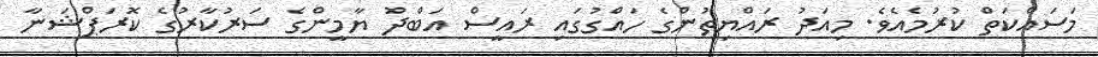
މަސައްކަތް ކުރުމެއެވެ. މިއަދު ރައްޔިތުންގެ ހައްގުގައި ރައީސް އަބްދު ޔާމީންގެ ސަރުކާރުގެ ކޮރަޕްޝަނާ